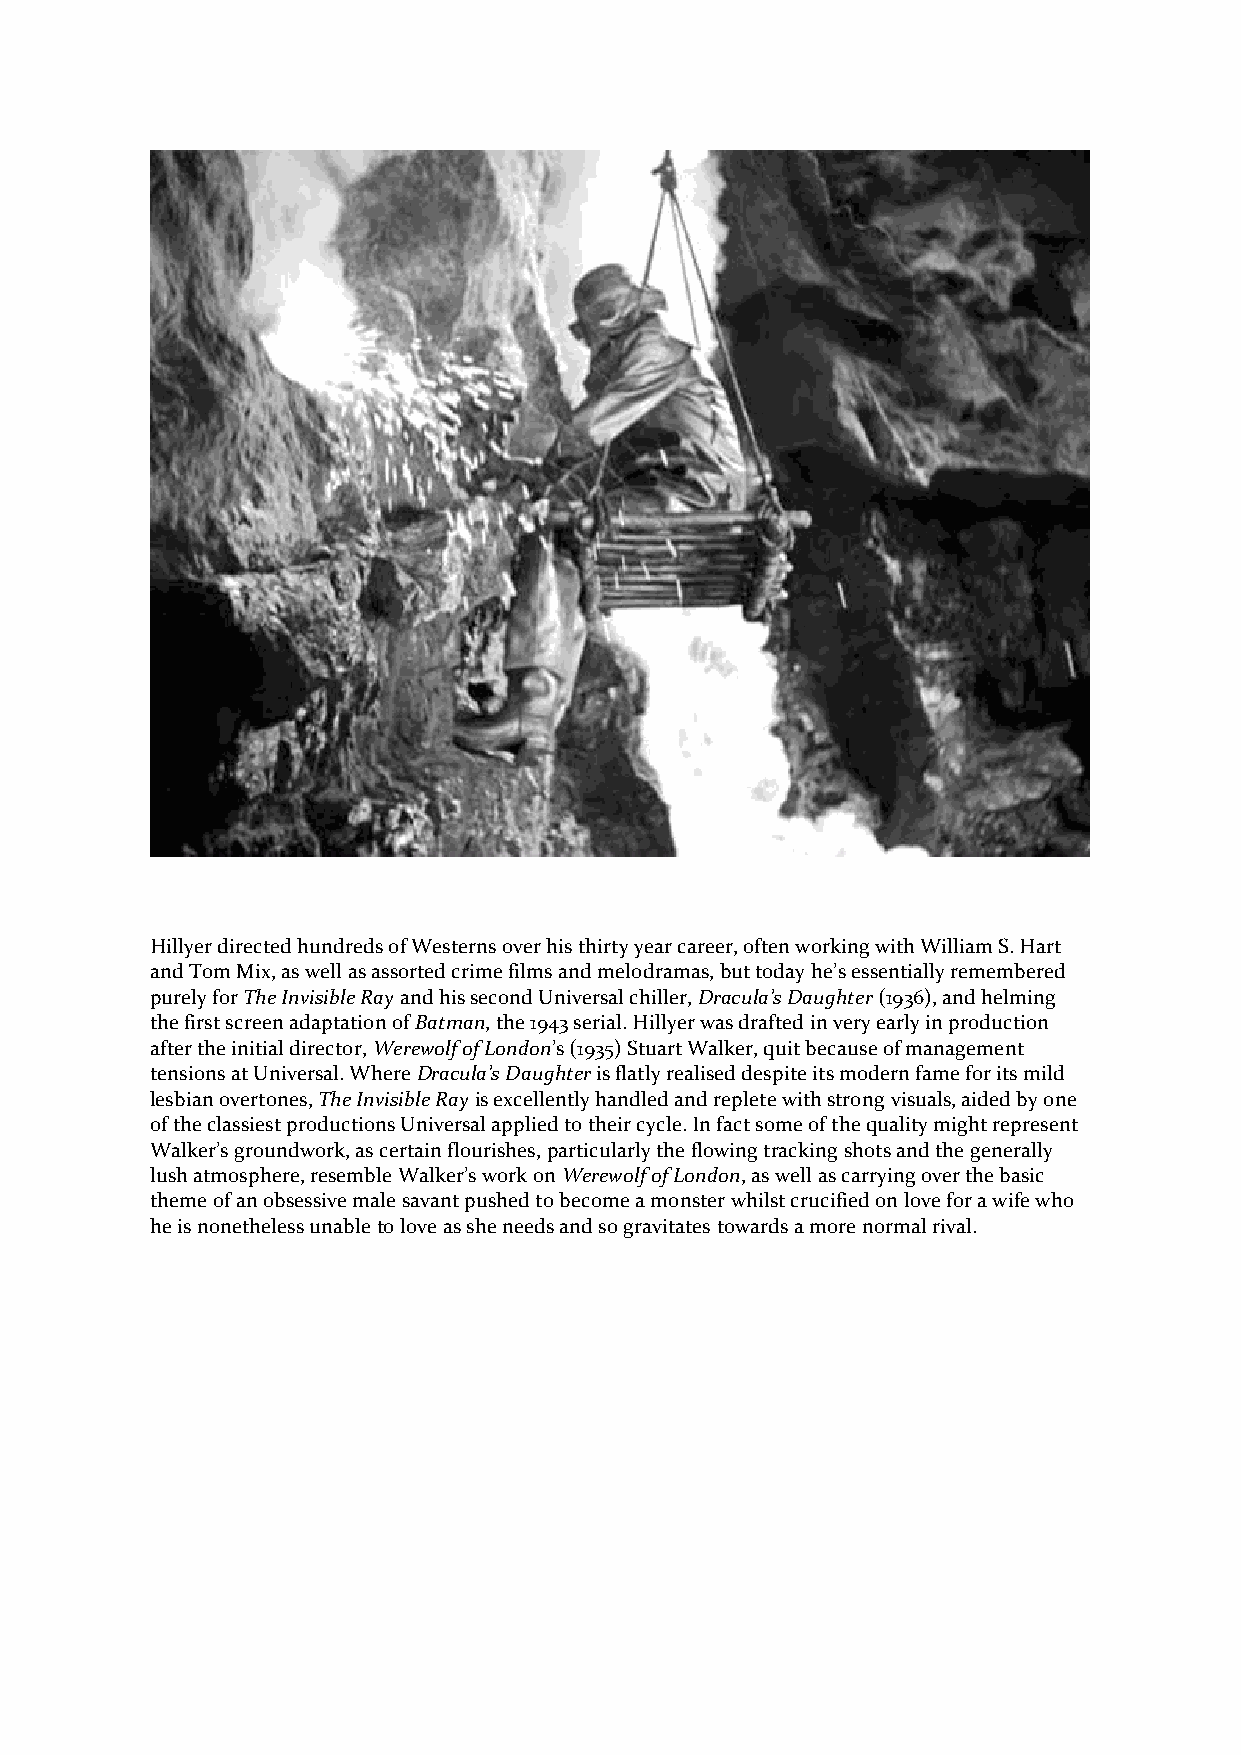
Hillyer directed hundreds of Westerns over his thirty year career, often working with William S. Hart
 and Tom Mix, as well as assorted crime films and melodramas, but today he’s essentially remembered
 purely for The Invisible Ray and his second Universal chiller, Dracula’s Daughter (1936), and helming
 the first screen adaptation of Batman, the 1943 serial. Hillyer was drafted in very early in production
 after the initial director, Werewolf of London’s (1935) Stuart Walker, quit because of management
 tensions at Universal. Where Dracula’s Daughter is flatly realised despite its modern fame for its mild
 lesbian overtones, The Invisible Ray is excellently handled and replete with strong visuals, aided by one
 of the classiest productions Universal applied to their cycle. In fact some of the quality might represent
 Walker’s groundwork, as certain flourishes, particularly the flowing tracking shots and the generally
 lush atmosphere, resemble Walker’s work on Werewolf of London, as well as carrying over the basic
 theme of an obsessive male savant pushed to become a monster whilst crucified on love for a wife who
 he is nonetheless unable to love as she needs and so gravitates towards a more normal rival.